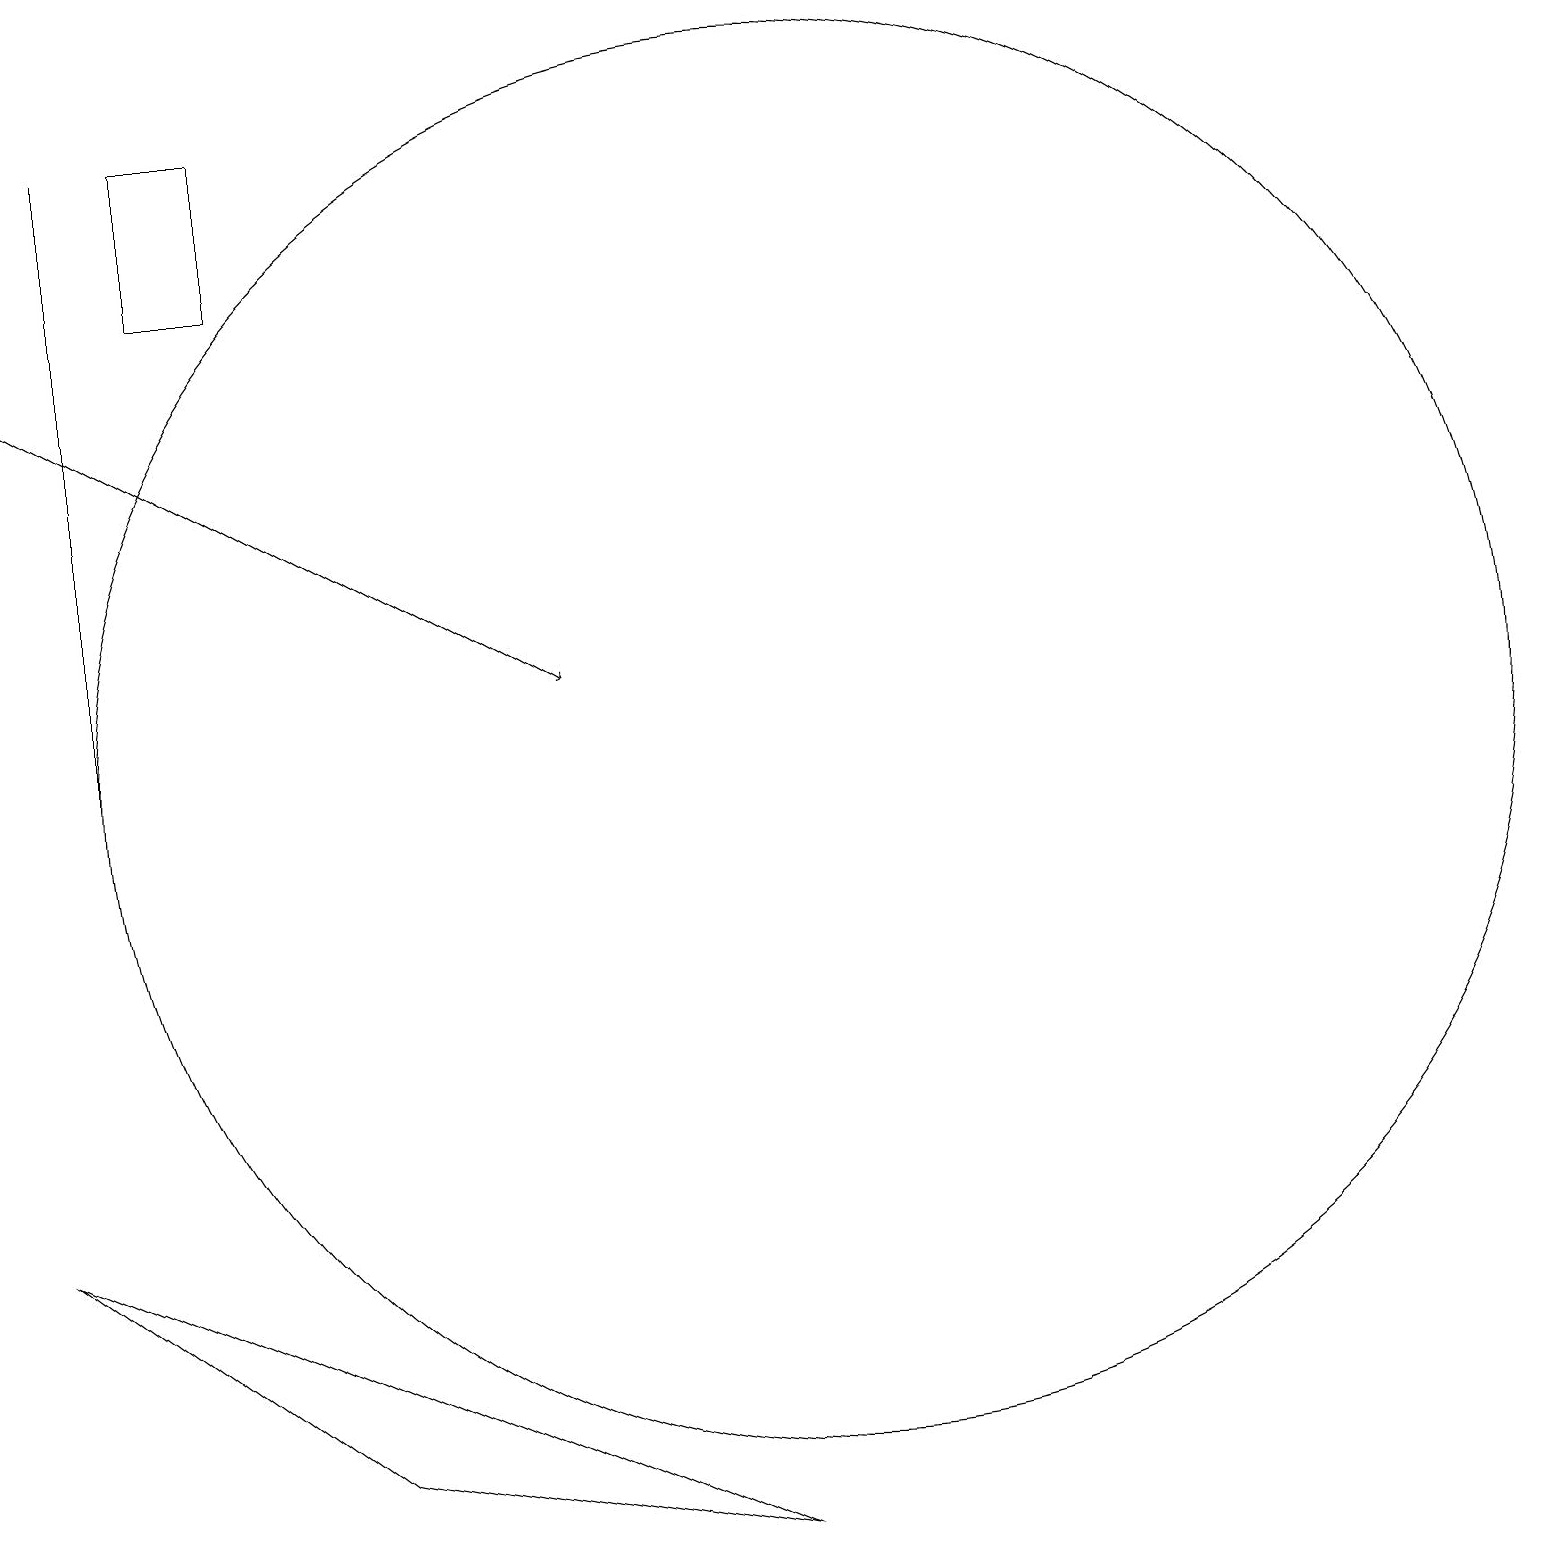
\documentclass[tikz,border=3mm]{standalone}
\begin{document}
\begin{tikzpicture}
\draw (1,18) rectangle (1,10);
\draw[->] (0,15) -- (7,11);
\draw (3,18) rectangle (2,16);
\draw (10,10) circle (9);
\draw (9,0) -- (0,4) -- (4,1) -- cycle;
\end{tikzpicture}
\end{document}